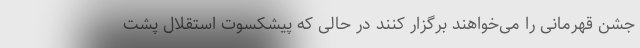
جشن قهرمانی را می‌خواهند برگزار کنند در حالی که پیشکسوت استقلال پشت